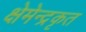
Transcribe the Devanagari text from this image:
क्षेमेन्द्रकृत